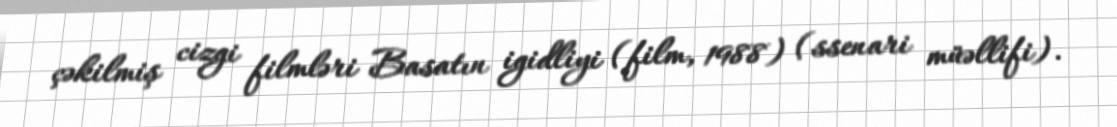
çəkilmiş cizgi filmləri Basatın igidliyi (film, 1988) (ssenari müəllifi).